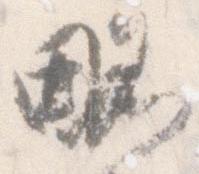
略